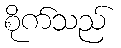
စိုက်သည်